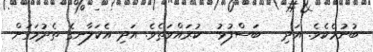
ބުނުމެކެވެ. އަދި   ބަސްފުޅު  ކުރައްވަތެވެ. އަދި އެކަލާނގެ ތެދުމަގަށް